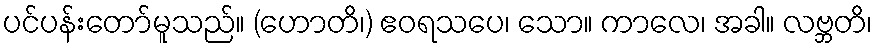
ပင်ပန်းတော်မူသည်။ (ဟောတိ၊) ဧဝရသပေ၊ သော။ ကာလေ၊ အခါ။ လဗ္ဘတိ၊